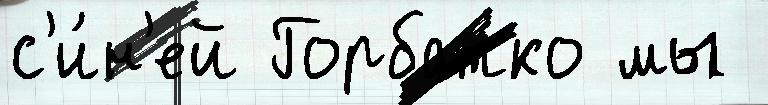
с'и́н'ей Горбатко мы